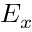
E _ { x }